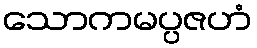
သောကမပ္ပဇဟံ